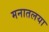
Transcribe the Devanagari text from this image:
मनातलया